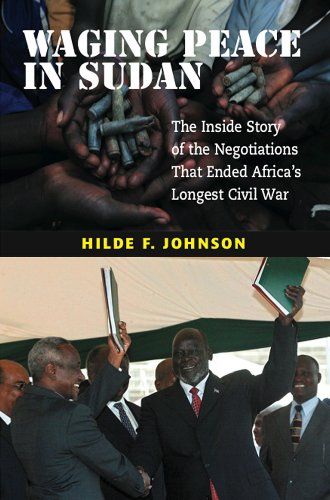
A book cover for Waging Peace in Sudan: The Inside Story of the Negotiations That Ended Africa's Longest Civil War; Hilde F. Johnson; History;